Civil Veterinary Dept. Bombay admin report 1900-1906 - 1900-1906
Year: 1900
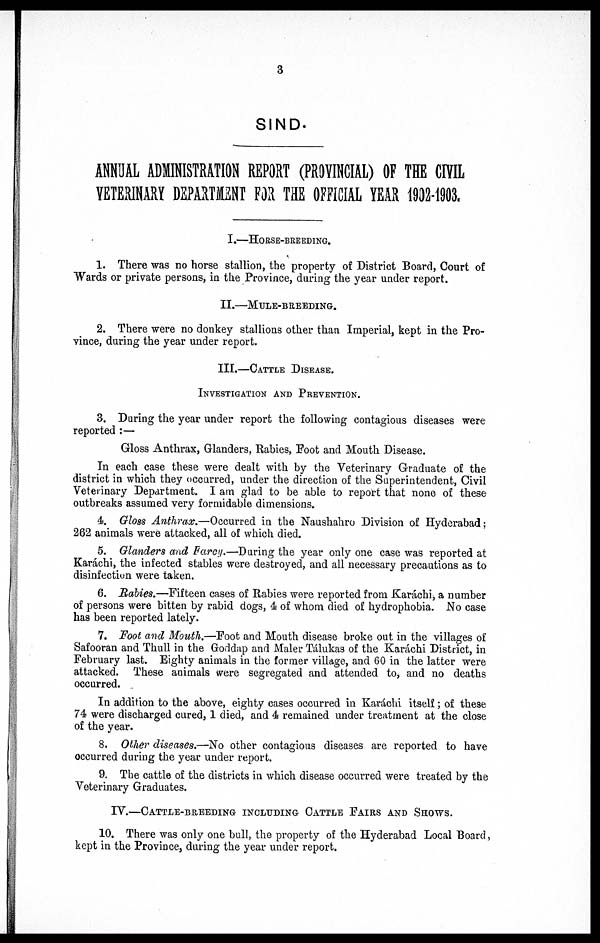
3
SIND.
ANNUAL ADMINISTRATION REPORT (PROVINCIAL) OF THE CIVIL
VETERINARY DEPARTMENT FOR THE OFFICIAL YEAR 1902-1903.
I.—HORSE-BREEDING.
1. There was no horse stallion, the property of District Board, Court of
Wards or private persons, in the Province, during the year under report.
II.—MULE-BREEDING.
2. There were no donkey stallions other than Imperial, kept in the Pro-
vince, during the year under report.
III.—CATTLE DISEASE.
INVESTIGATION AND PREVENTION.
3. During the year under report the following contagious diseases were
reported :—
Gloss Anthrax, Glanders, Rabies, Foot and Mouth Disease.
In each case these were dealt with by the Veterinary Graduate of the
district in which they occurred, under the direction of the Superintendent, Civil
Veterinary Department. I am glad to be able to report that none of these
outbreaks assumed very formidable dimensions.
4. Gloss Anthrax.—Occurred in the Naushahro Division of Hyderabad ;
262 animals were attacked, all of which died.
5. Glanders and Farey.—During the year only one case was reported at
Karachi, the infected stables were destroyed, and all necessary precautions as to
disinfection were taken.
6. Rabies.—Fifteen cases of Rabies were reported from Karachi, a number
of persons were bitten by rabid dogs, 4 of whom died of hydrophobia. No case
has been reported lately.
7. Foot and Mouth.—Foot and Mouth disease broke out in the villages of
Safooran and Thull in the Goddap and Maler Tálukas of the Karachi District, in
February last. Eighty animals in the former village, and 60 in the latter were
attacked. These animals were segregated and attended to, and no deaths
occurred.
In addition to the above, eighty cases occurred in Karáchi itself ; of these
74 were discharged cured, 1 died, and 4 remained under treatment at the close
of the year.
8. Other diseases.—No other contagious diseases are reported to have
occurred during the year under report.
9. The cattle of the districts in which disease occurred were treated by the
Veterinary Graduates.
IV.—CATTLE-BREEDING INCLUDING CATTLE FAIRS AND SHOWS.
10. There was only one bull, the property of the Hyderabad Local Board,
kept in the Province, during the year under report.